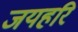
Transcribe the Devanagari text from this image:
जयहरि